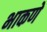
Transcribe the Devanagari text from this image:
भाकणे